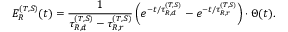
E _ { R } ^ { ( T , S ) } ( t ) = \frac { 1 } { \tau _ { R , d } ^ { ( T , S ) } - \tau _ { R , r } ^ { ( T , S ) } } \left( e ^ { - t / \tau _ { R , d } ^ { ( T , S ) } } - e ^ { - t / \tau _ { R , r } ^ { ( T , S ) } } \right) \cdot \Theta ( t ) .